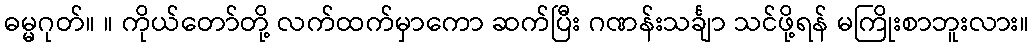
ဓမ္မဂုတ်။ ။ ကိုယ်တော်တို့ လက်ထက်မှာကော ဆက်ပြီး ဂဏန်းသင်္ချာ သင်ဖို့ရန် မကြိုးစာဘူးလား။